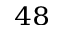
^ { 4 8 }